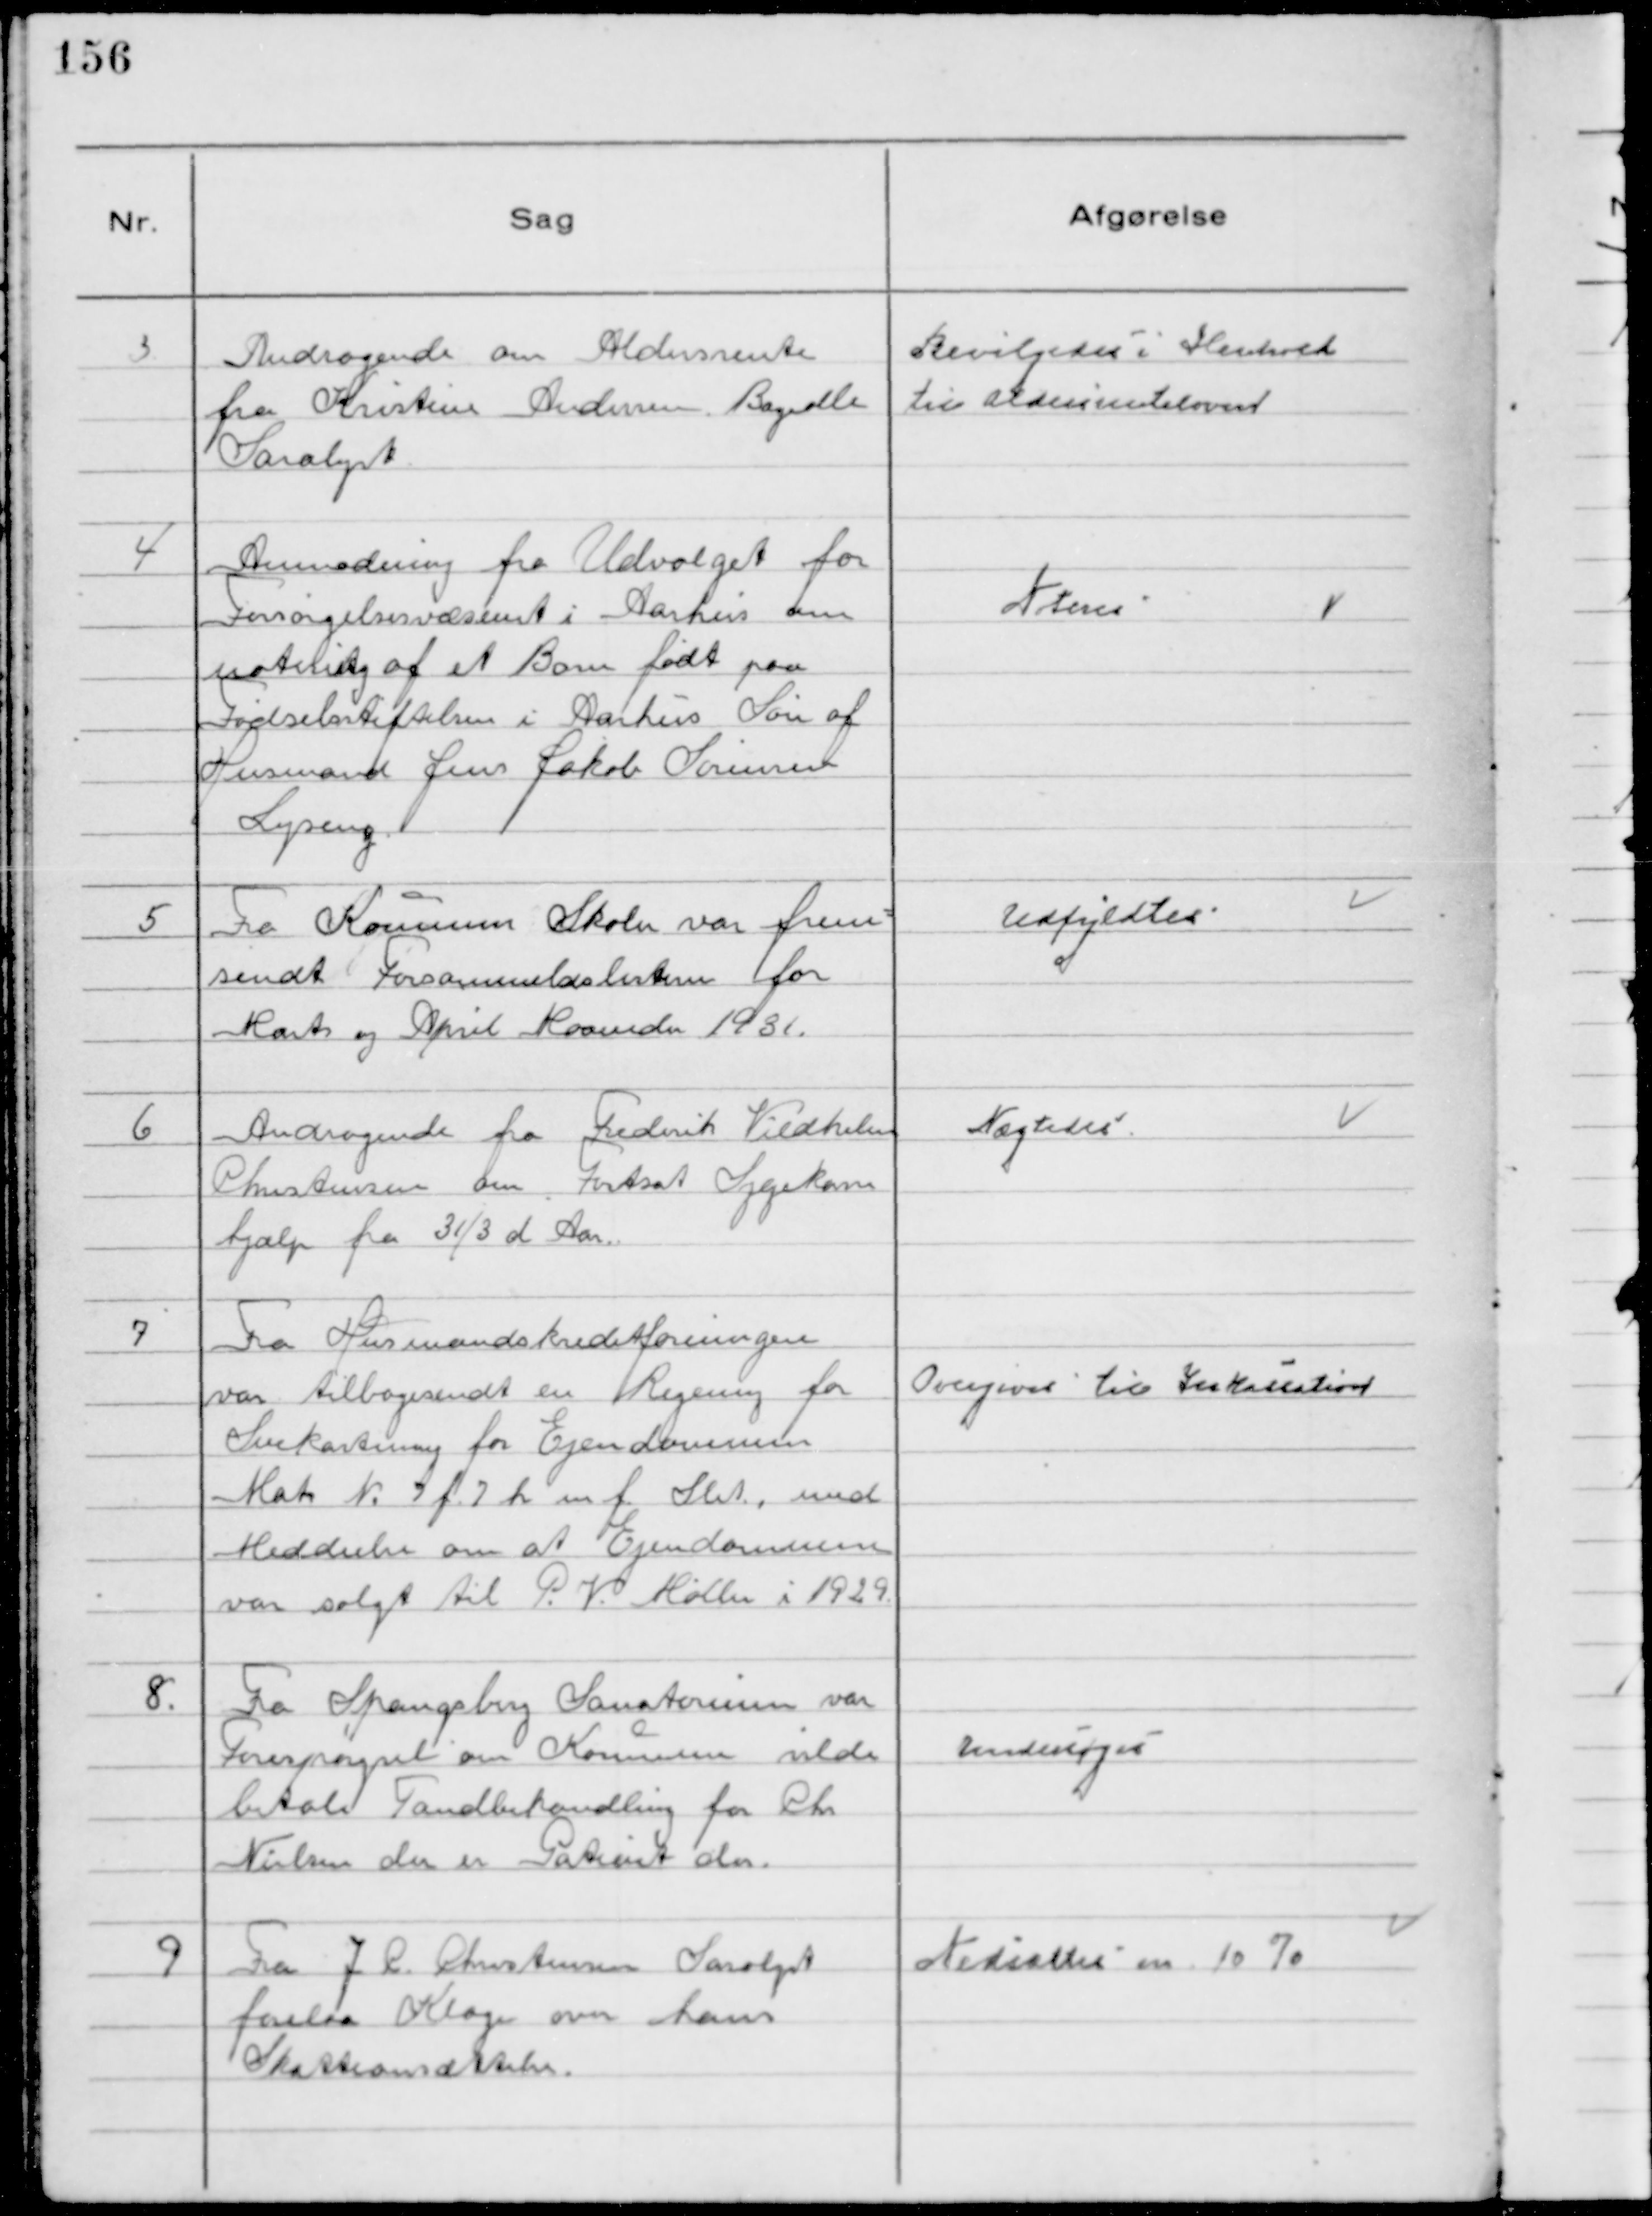
Transskription:
3
Andragende om Aldersrente
fra Kristine Andersen. Bøgealle
Saralyst

Bevilgedes i Henhold
til Aldersrenteloven

4
Anmodning fra Udvalget for
Forsørgelsesvæsenet i Aarhus om
notering af et Barn født paa
Fødselsstiftelsen i Aarhus Søn af
Husmand Jens Jakob Sørensen
Lyseng

Noteres

5
Fra Kommunens Skoler var frem-
sendt Forsømmeldslisterne for
Marts og April Maaneder 1931.

Udfyldtes

6
Andragende fra Frederik Vildhelm
Christensen om Fortsat Sygekasse
hjælp fra 31/3 d Aar.

Nægtedes

7
Fra Husmandskreditforeningen
var tilbagesendt en Regning for
Snekastning for Ejendommen
Matr № 7 f 7 h mf. Slet, med
Meddeelse om at Ejendommen
var solgt til P.V. Møller i 1929.

Overgives til Inkassator

8.
Fra Spangsberg Sanatorium var
Forespørgsel om Kommunen vilde
betale Tandbehandling for Chr
Nielsen der er Patient der.

Undersøges

9
Fra J C Christensen Saralyst
forelaa Klage over hans
Skatteansættelse.

Nedsattes m 10 %